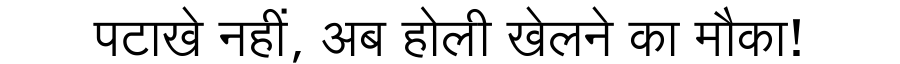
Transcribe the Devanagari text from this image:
पटाखे नहीं, अब होली खेलने का मौका!